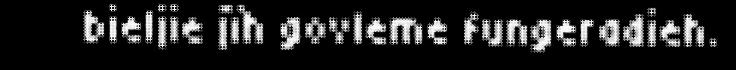
bieljie jïh govleme fungeradieh.